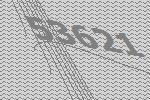
53621